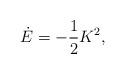
LaTeX: \begin{align*}\dot E=-\frac{1}{2}K^2,\end{align*}